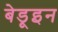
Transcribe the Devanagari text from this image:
बेडूइन